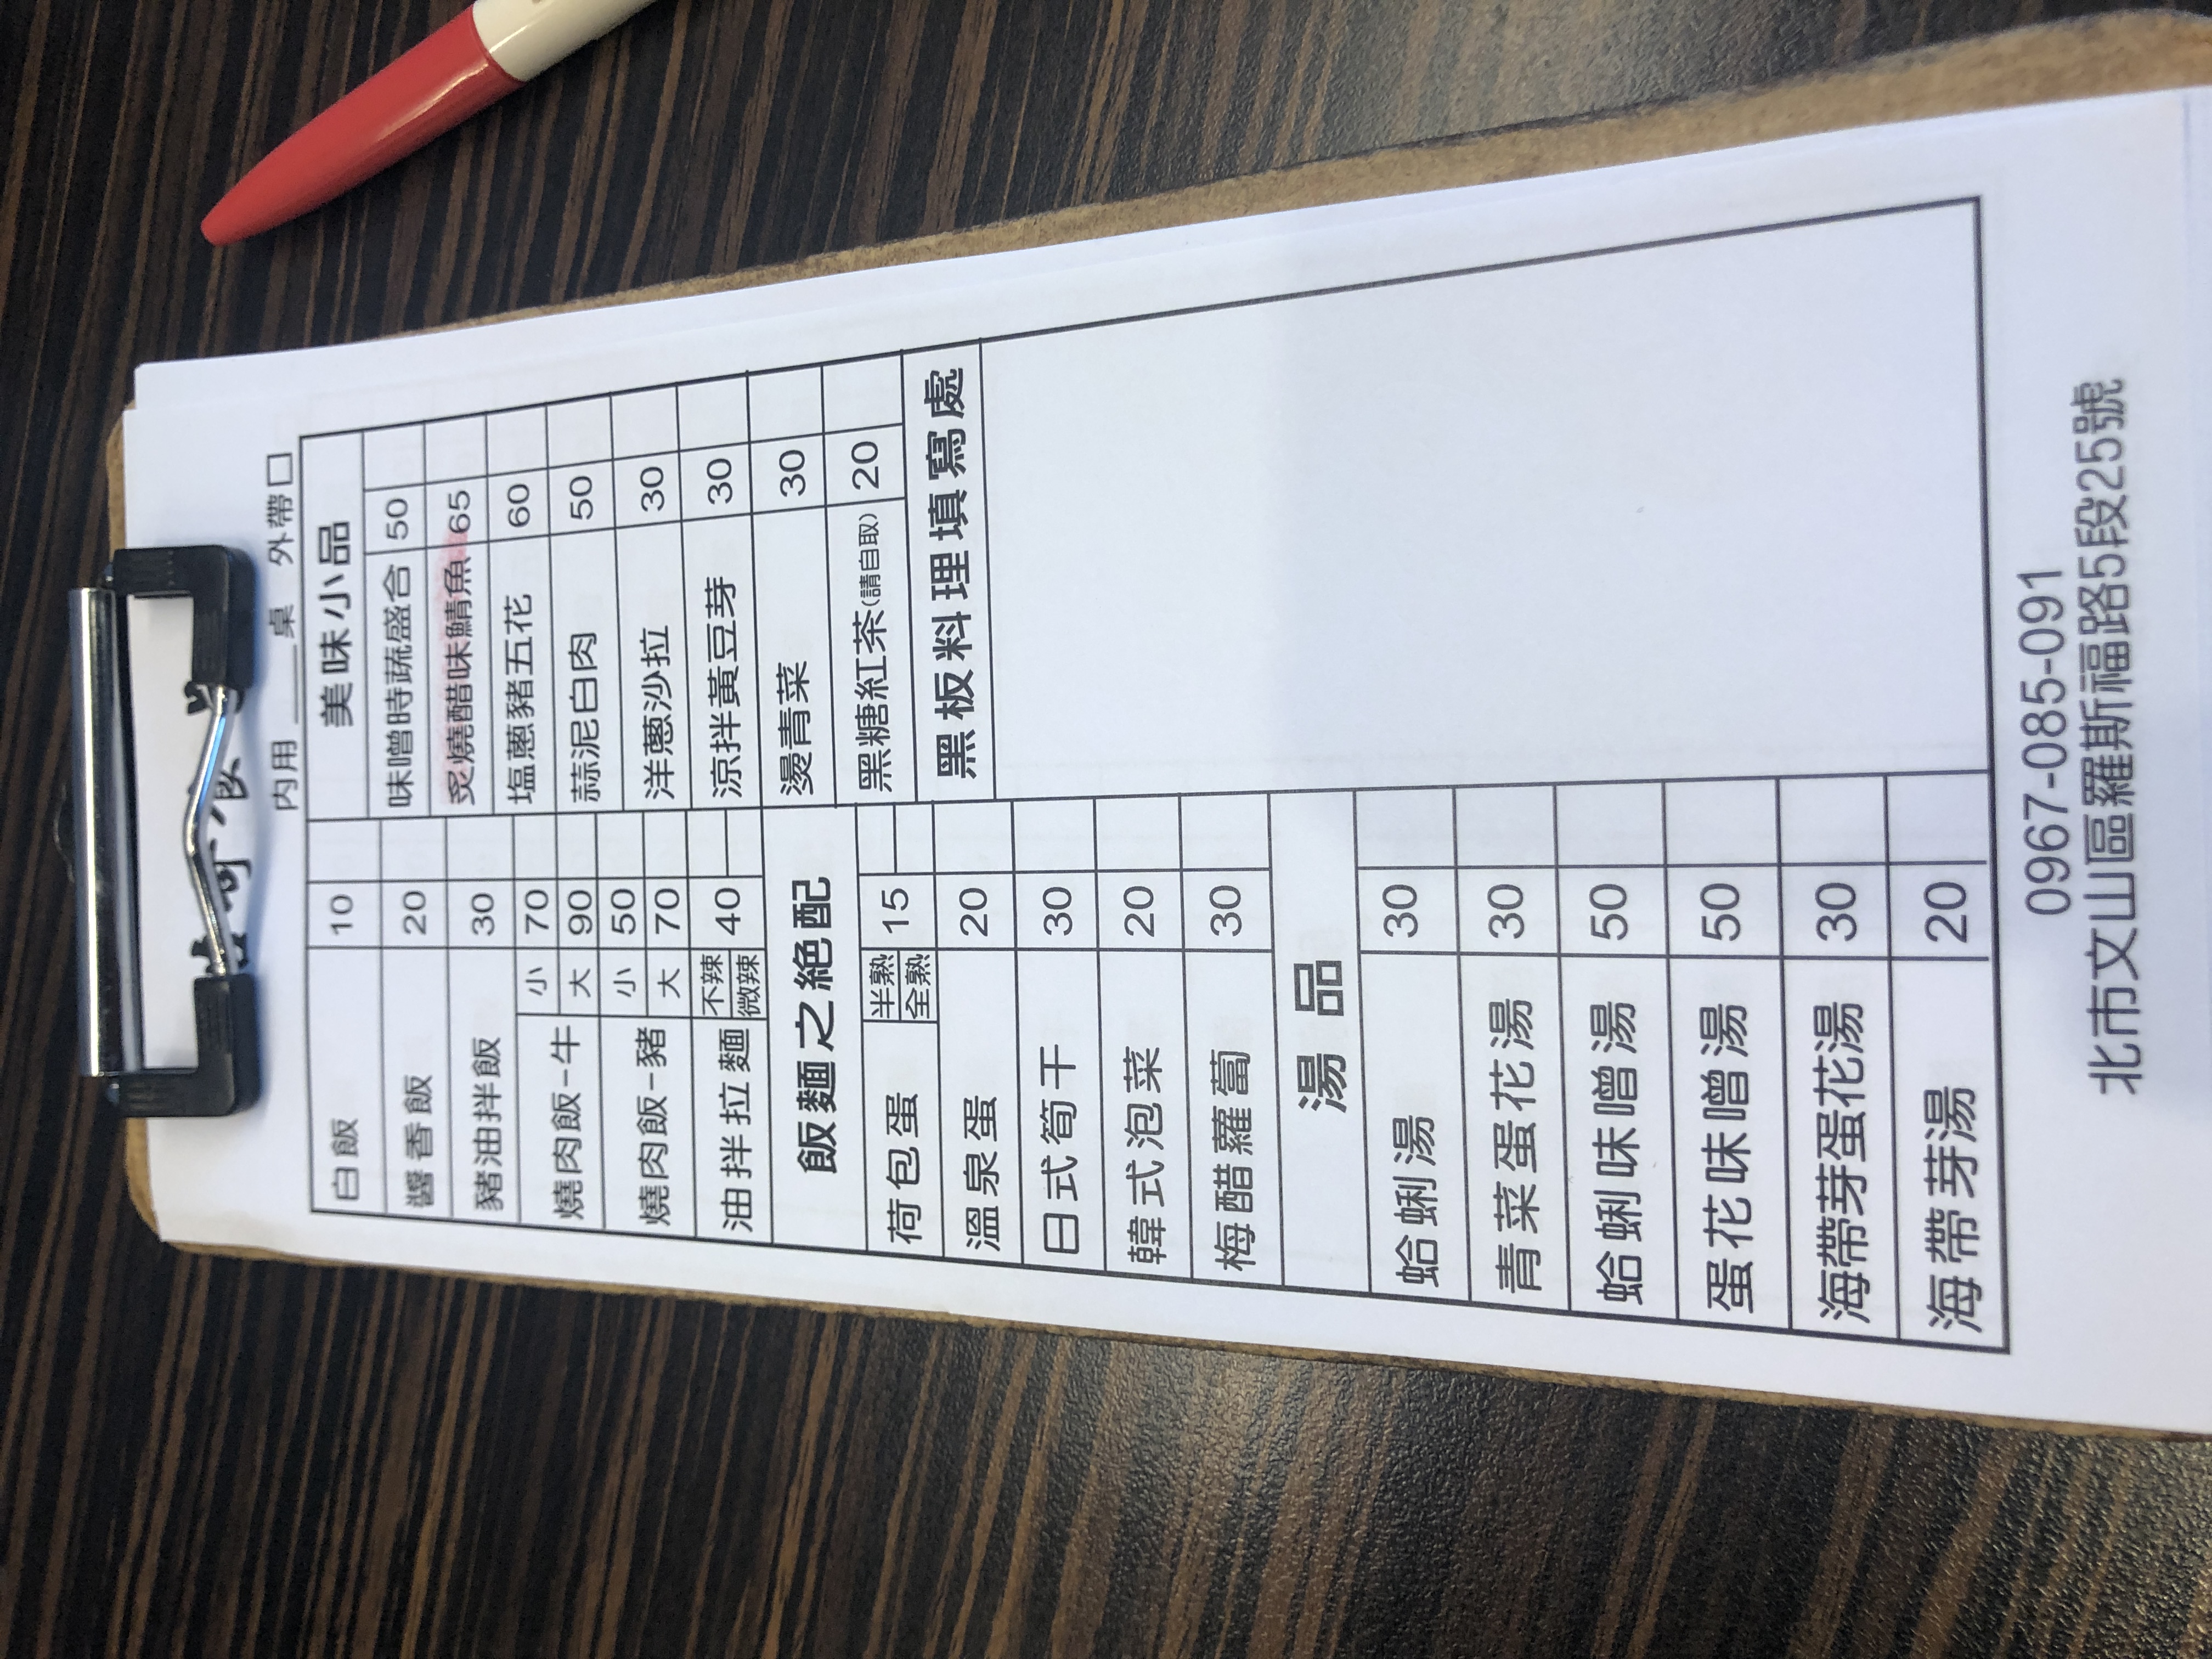
地址：北市文山區羅斯福路5段25號
電話：0967-085-091
菜單：
name: 味噌時蔬綜合
price: 50
name: 炙燒醋味鯖魚
price: 65
name: 塩蔥豬五花
price: 60
name: 蒜泥白肉
price: 50
name: 洋蔥沙拉
price: 30
name: 涼拌黃豆芽
price: 30
name: 燙青菜
price: 30
name: 黑糖紅茶
price: 20
name: 荷包蛋 (半熟)
price: 15
name: 荷包蛋 (全熟)
price: 20
name: 溫泉蛋
price: 20
name: 日式筍干
price: 30
name: 韓式泡菜
price: 20
name: 梅醋蘿蔔
price: 30
name: 蛤蜊湯
price: 30
name: 青菜蛋花湯
price: 30
name: 蛤蜊味噌湯
price: 50
name: 蛋花味噌湯
price: 50
name: 海帶芽蛋花湯
price: 30
name: 海帶芽湯
price: 20